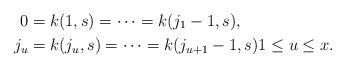
LaTeX: \begin{align*}0 &= k(1,s) = \cdots = k(j_1-1,s),\\j_u &= k(j_u,s) = \cdots = k(j_{u+1}-1,s) 1 \leq u \leq x.\end{align*}